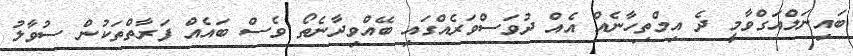
ބައިނަލްއަގްވާމީ ދެ އިމްތިހާނެއް އެއް ދުވަސްވަރެއްގައި ބޭއްވިދާނެތޯ ވެސް ބައެއް ފަރާތްތަކުން ސުވާލު